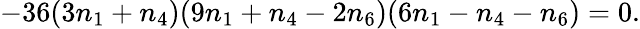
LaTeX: -36(3n_{1}+n_{4})(9n_{1}+n_{4}-2n_{6})(6n_{1}-n_{4}-n_{6})=0.